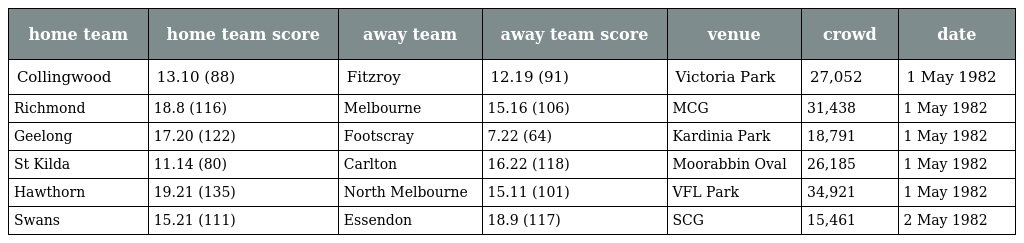
| home team | home team score | away team | away team score | venue | crowd | date |
 | --- | --- | --- | --- | --- | --- | --- |
 | Collingwood | 13.10 (88) | Fitzroy | 12.19 (91) | Victoria Park | 27,052 | 1 May 1982 |
 | Richmond | 18.8 (116) | Melbourne | 15.16 (106) | MCG | 31,438 | 1 May 1982 |
 | Geelong | 17.20 (122) | Footscray | 7.22 (64) | Kardinia Park | 18,791 | 1 May 1982 |
 | St Kilda | 11.14 (80) | Carlton | 16.22 (118) | Moorabbin Oval | 26,185 | 1 May 1982 |
 | Hawthorn | 19.21 (135) | North Melbourne | 15.11 (101) | VFL Park | 34,921 | 1 May 1982 |
 | Swans | 15.21 (111) | Essendon | 18.9 (117) | SCG | 15,461 | 2 May 1982 |